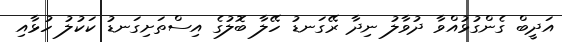
އަދީބް ގެންގުޅުއްވާ ދުވާލު ނިދާ ރޭގަނޑު ހޭލާ ބޮލުގެ އިސްތަށިގަނޑު ކަކުލު ހުޅާއި